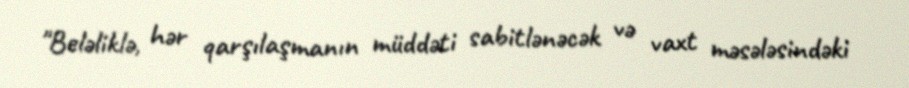
"Beləliklə, hər qarşılaşmanın müddəti sabitlənəcək və vaxt məsələsindəki